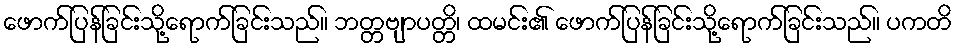
ဖောက်ပြန်ခြင်းသို့ရောက်ခြင်းသည်။ ဘတ္တဗျာပတ္တိ၊ ထမင်း၏ ဖောက်ပြန်ခြင်းသို့ရောက်ခြင်းသည်။ ပကတိ